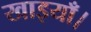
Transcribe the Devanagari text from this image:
खाइयाँ।